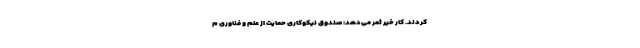
کردند. کار خیر ثمر می‌دهد: صندوق نیکوکاری حمایت از علم و فناوری م